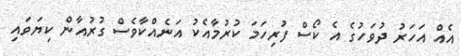
އެއް އަހަރު ދުވަހުގެ އެ ކޯސް ފުރިހަމަ ކުރުމާއެކު އަނެއްކާވެސް ގުރުއާން ކިޔަވައި